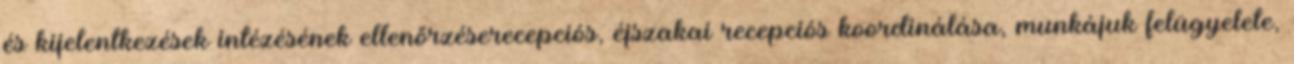
és kijelentkezések intézésének ellenőrzéserecepciós, éjszakai recepciós koordinálása, munkájuk felügyelete,